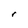
Character: r